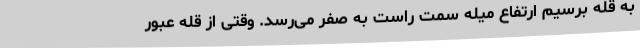
به قله برسیم ارتفاع میله سمت راست به صفر می‌رسد. وقتی از قله عبور